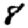
Digit: 8